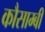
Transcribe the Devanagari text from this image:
कौसाम्बी